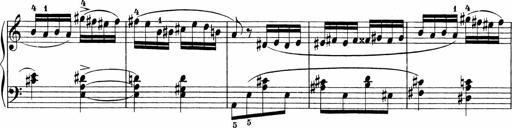
Title: Sonatinen Op.47, 98 und 136, nebst 6 Liedersonatinen
Composer: Carl Reinecke